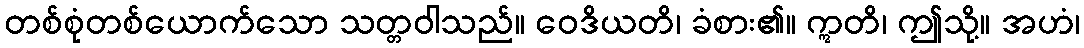
တစ်စုံတစ်ယောက်သော သတ္တဝါသည်။ ဝေဒိယတိ၊ ခံစား၏။ ဣတိ၊ ဤသို့။ အဟံ၊